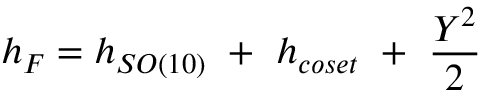
h _ { F } = h _ { S O ( 1 0 ) } \ + \ h _ { c o s e t } \ + \ { \frac { Y ^ { 2 } } { 2 } }